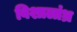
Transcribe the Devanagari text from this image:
विशालांध्र